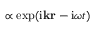
\propto \exp ( \mathrm { i } \ensuremath { \mathbf { k } } \mathbf { r } - \mathrm { i } \omega t )